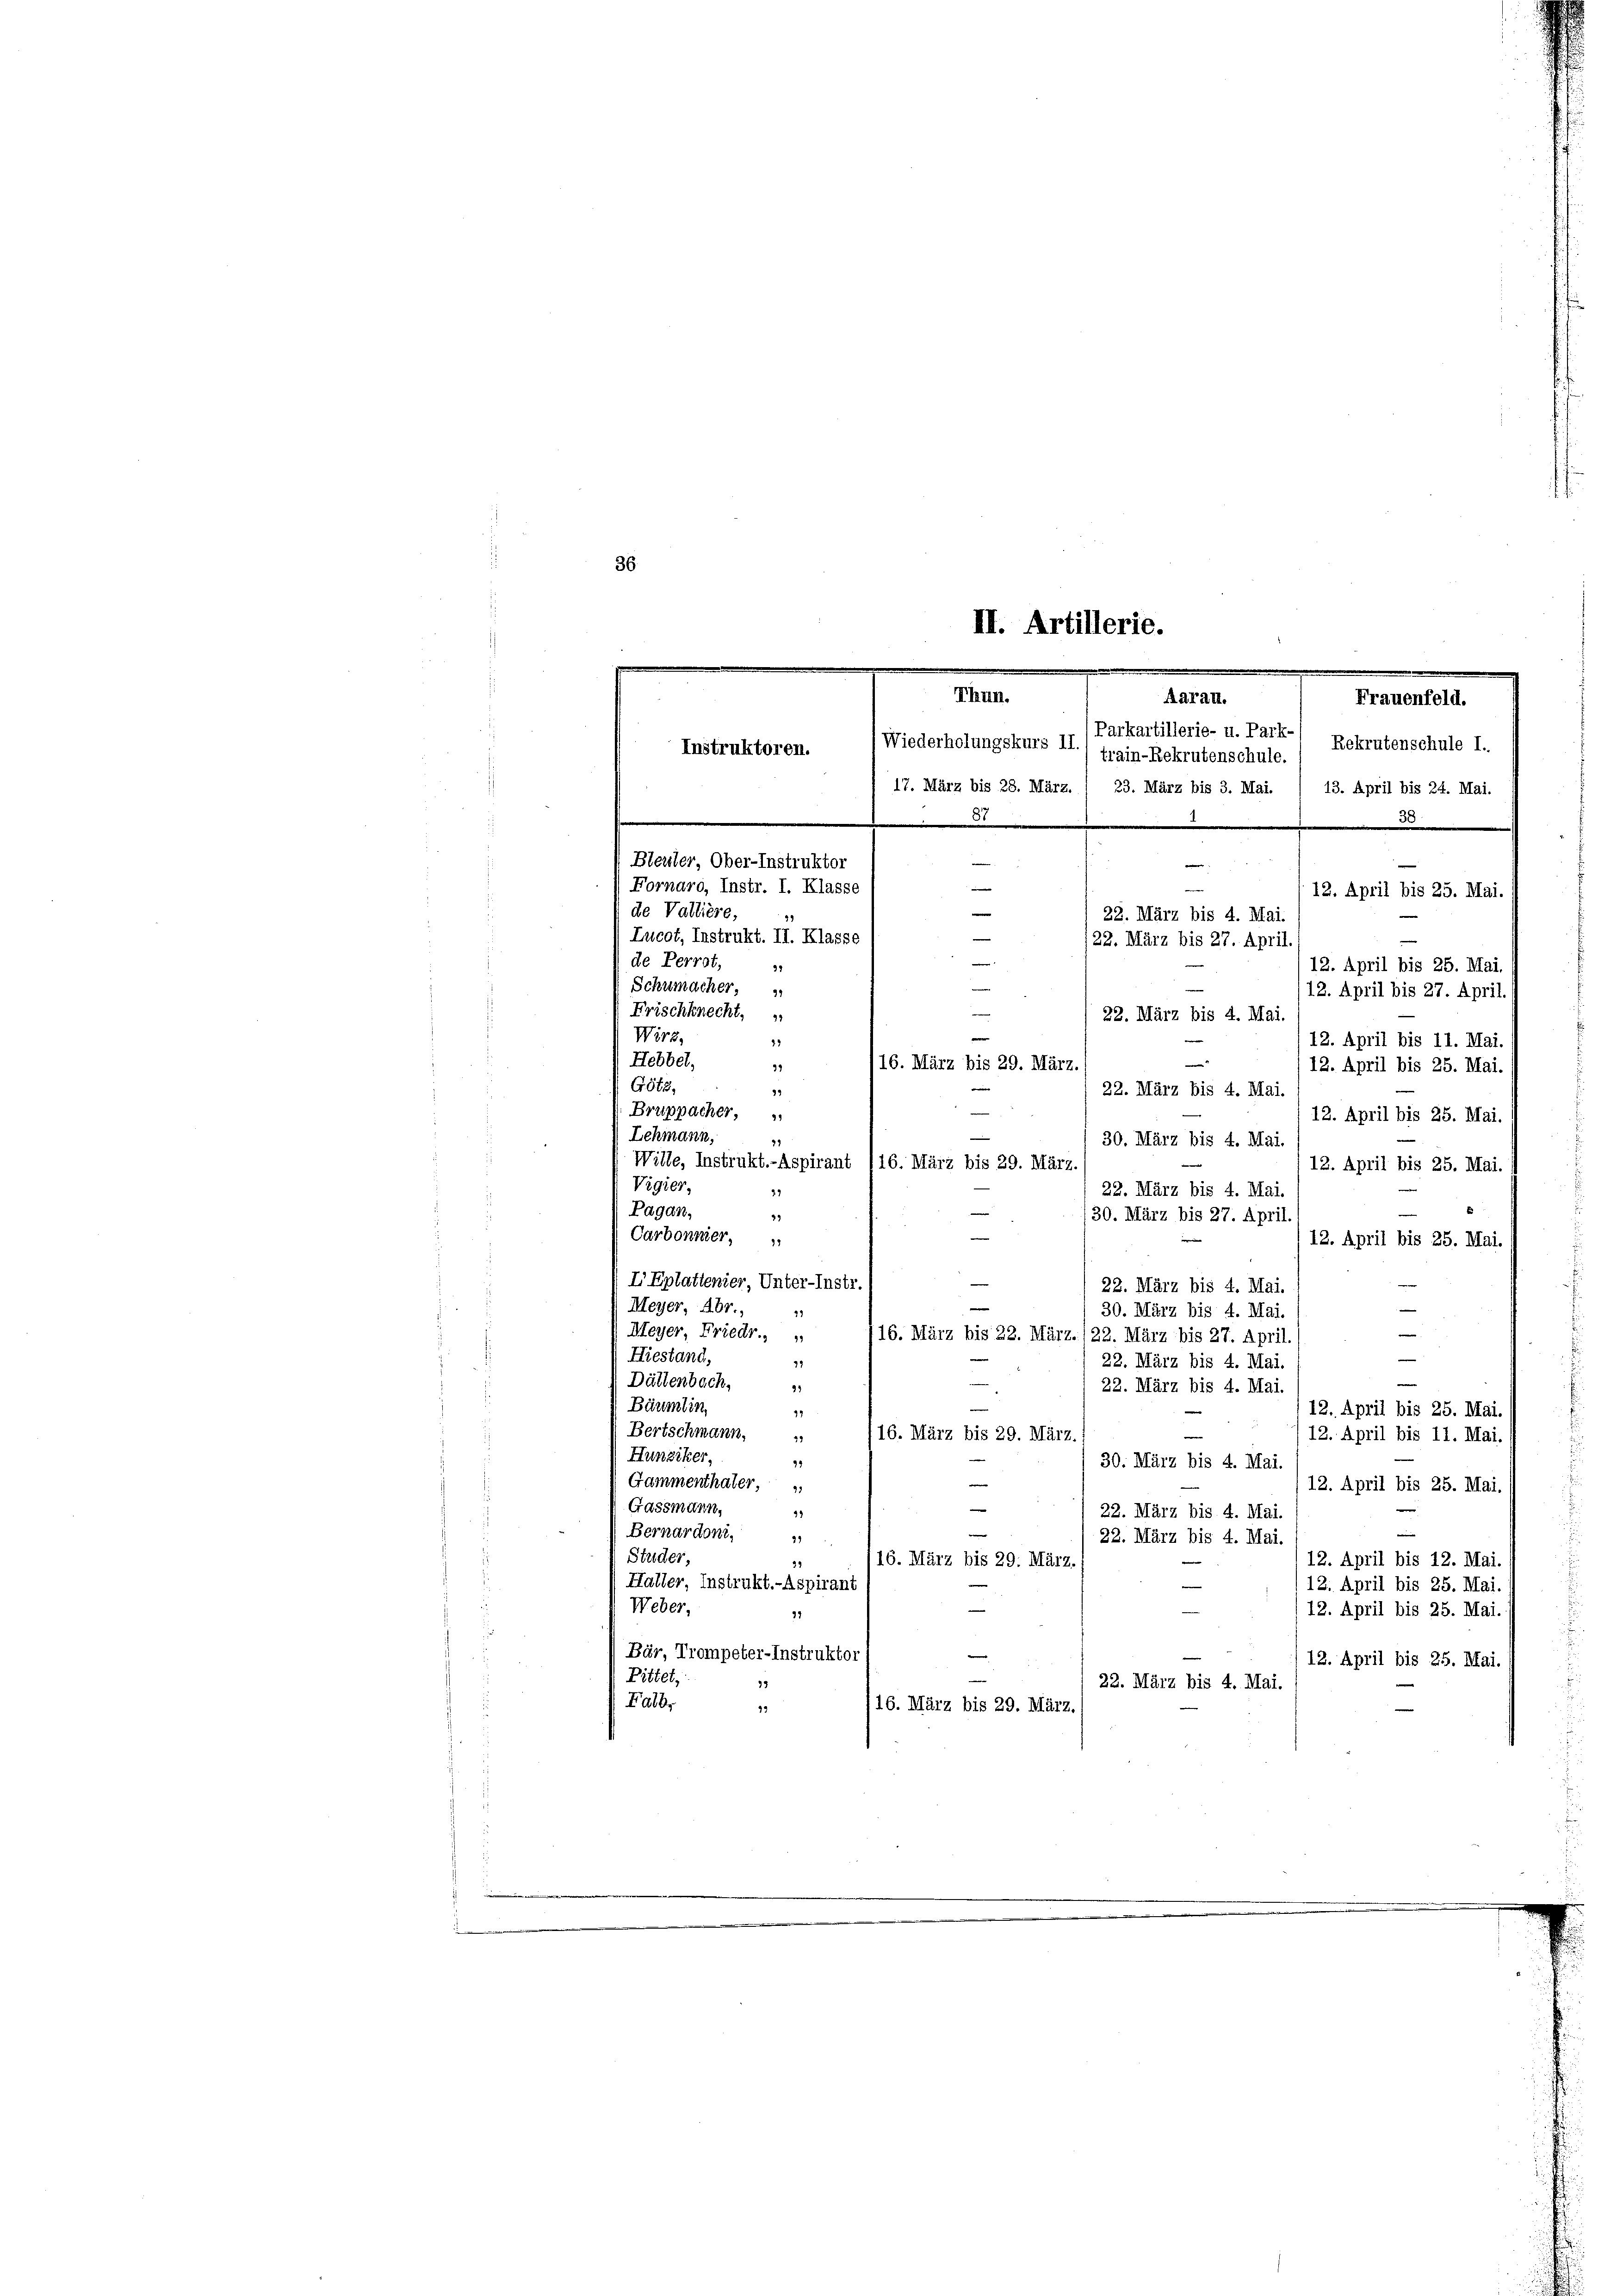
¬
36
II. Artillerie.
Thun.
Aarau.
Wiederholungskurs 17./ Parkartillerie- u. Park-, Rekrutenschule I.
Instruktoren.
train-Rekrutenschule.
17. März bis 28. März. 1 23. März bis 3. Mai. / 13. April bis 24. Mai.
87
Bleuler, Ober-Instruktor
i

—
Fornaro, Instr. I. Klasse
¬

e
Bruppacher,
12. April bis 25. Mai.
Schmann,
29
30. März bis 4. Mai.
e
Wille, Instrukt.-Aspirant 116. März bis 29. März,
12. April bis 25. Mai.
Vigier,
22. März bis 4. Mai.
9
.
Pagan,
—
30. März bis 27. April
49
e
Carbonnier,
12. April bis 25. Mai.
I Eplattenier, Unter-Instr
22. März bis 4. Mai.
Meyer, Abr.,
30. März bis 4. Mai.
Meyer, Friedr.
/16. März bis 22. März. 122. März bis 27. April.
e
Hiestand,
27
22. März bis 4. Mai.
Dättenbach,
22. März bis 4. Mai.
91
Bäumlin
12. April bis 25. Mai.
23
Bertschmann,
16. März bis 29. März.
93
12. April bis 11. Mai.
Hunziker,
19
30. März bis 4. Mai.
e
Gammenthäter,
12. April bis 25. Mai
e
Gassmann,
22. März bis 4. Mai.
99
Bernardoni,
e
21
22. März bis 4. Mai
Studer,
12. April bis 12. Mai.
116. März bis 29. März.
Halter, Instrukt.-Aspirant
12. April bis 25. Mai.
Weber,
—
12. April bis 25. Mai.
Bär, Trompeter-Instruktor
12. April bis 25. Mai.
Pittet,
22. März bis 4. Mai.
Falb,
16. März bis 29. März.
19

Frauenfeld.
12. April bis 25. Mai.
de Vattiere.
22. März bis 4. Mai.
99
Lucot, Instrukt. II. Klasse
/22. März bis 27. April.
de Perrot,
12. April bis 25. Mai
31
Schumacher.
12. April bis 27. April.
Frischknecht,
22. März bis 4. Mai.
e
Wirz,
13
12. April bis 11. Mai,
Hebbel,

116. März bis 29. März.
39
12. April bis 25. Mai.
G652,
99
22. März bis 4. Mai.